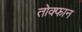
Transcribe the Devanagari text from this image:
तोक्फान